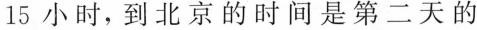
15小时，到北京的时间是第二天的